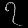
Digit: ၇